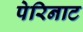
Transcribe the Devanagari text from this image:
पेरिनाट